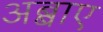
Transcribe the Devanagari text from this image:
अब्बाए